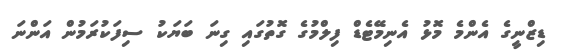
ޑިޒްނީގެ އެންމެ މޮޅު އެނިމޭޓެޑް ފިލްމުގެ ގޮތުގައި ގިނަ ބަޔަކު ސިފަކުރަމުން އަންނަ